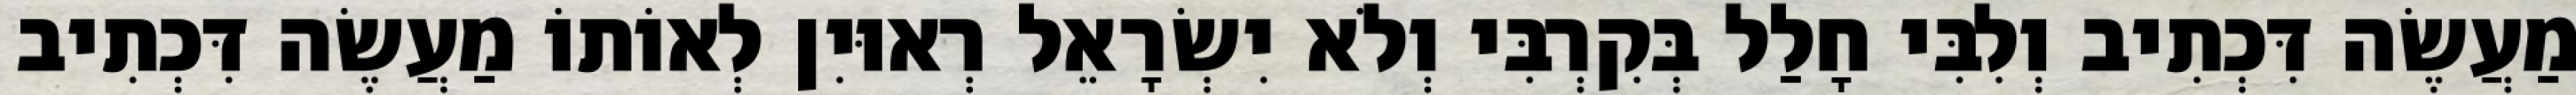
מַעֲשֶׂה דִּכְתִיב וְלִבִּי חָלַל בְּקִרְבִּי וְלֹא יִשְׂרָאֵל רְאוּיִן לְאוֹתוֹ מַעֲשֶׂה דִּכְתִיב